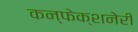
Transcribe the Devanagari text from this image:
कन्फेक्शनेरी